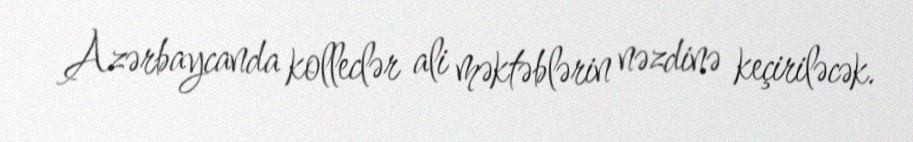
Azərbaycanda kolleclər ali məktəblərin nəzdinə keçiriləcək.